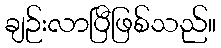
ချဉ်းလာပြီဖြစ်သည်။